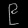
Digit: ၉